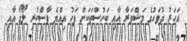
އަހަރު ދުވަހުގެ މަޝްވަރާ އާއި ބަހުސްތަކަށް ފަހު އިއްޔެ ފާސްކުރި ލޯގޯ އާއި